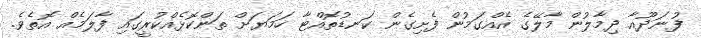
ފުނަދޫއާ ދިމާލުން މާލޭގެ އެއްގަމުން ފެށިގެން ކަނޑުތޮއްޓާ ހަމަޔަށް ތަންކޮޅެއްކުރީގައި ފާލަމެއް އޮތެވެ.